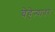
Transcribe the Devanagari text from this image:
चेहेऱ्यावर